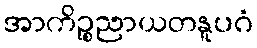
အာကိဉ္စညာယတနူပဂံ